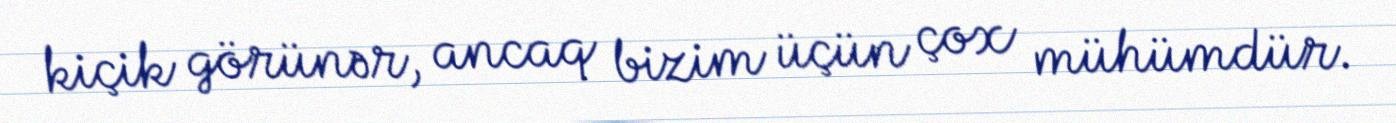
kiçik görünər, ancaq bizim üçün çox mühümdür.